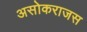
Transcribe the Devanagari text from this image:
असोकराजस